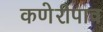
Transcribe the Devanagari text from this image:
कणेरीपाव